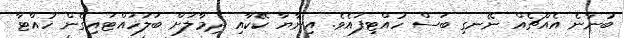
ބުނާނެ އެއްޗެއް ނޭނގި ބަސް ހުއްޓިފައެވެ. އިނާޔާ ކޭކާއި ދިމާލަށް ބަލަހައްޓައިގެން ހުއްޓާ